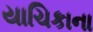
યાચિકાના